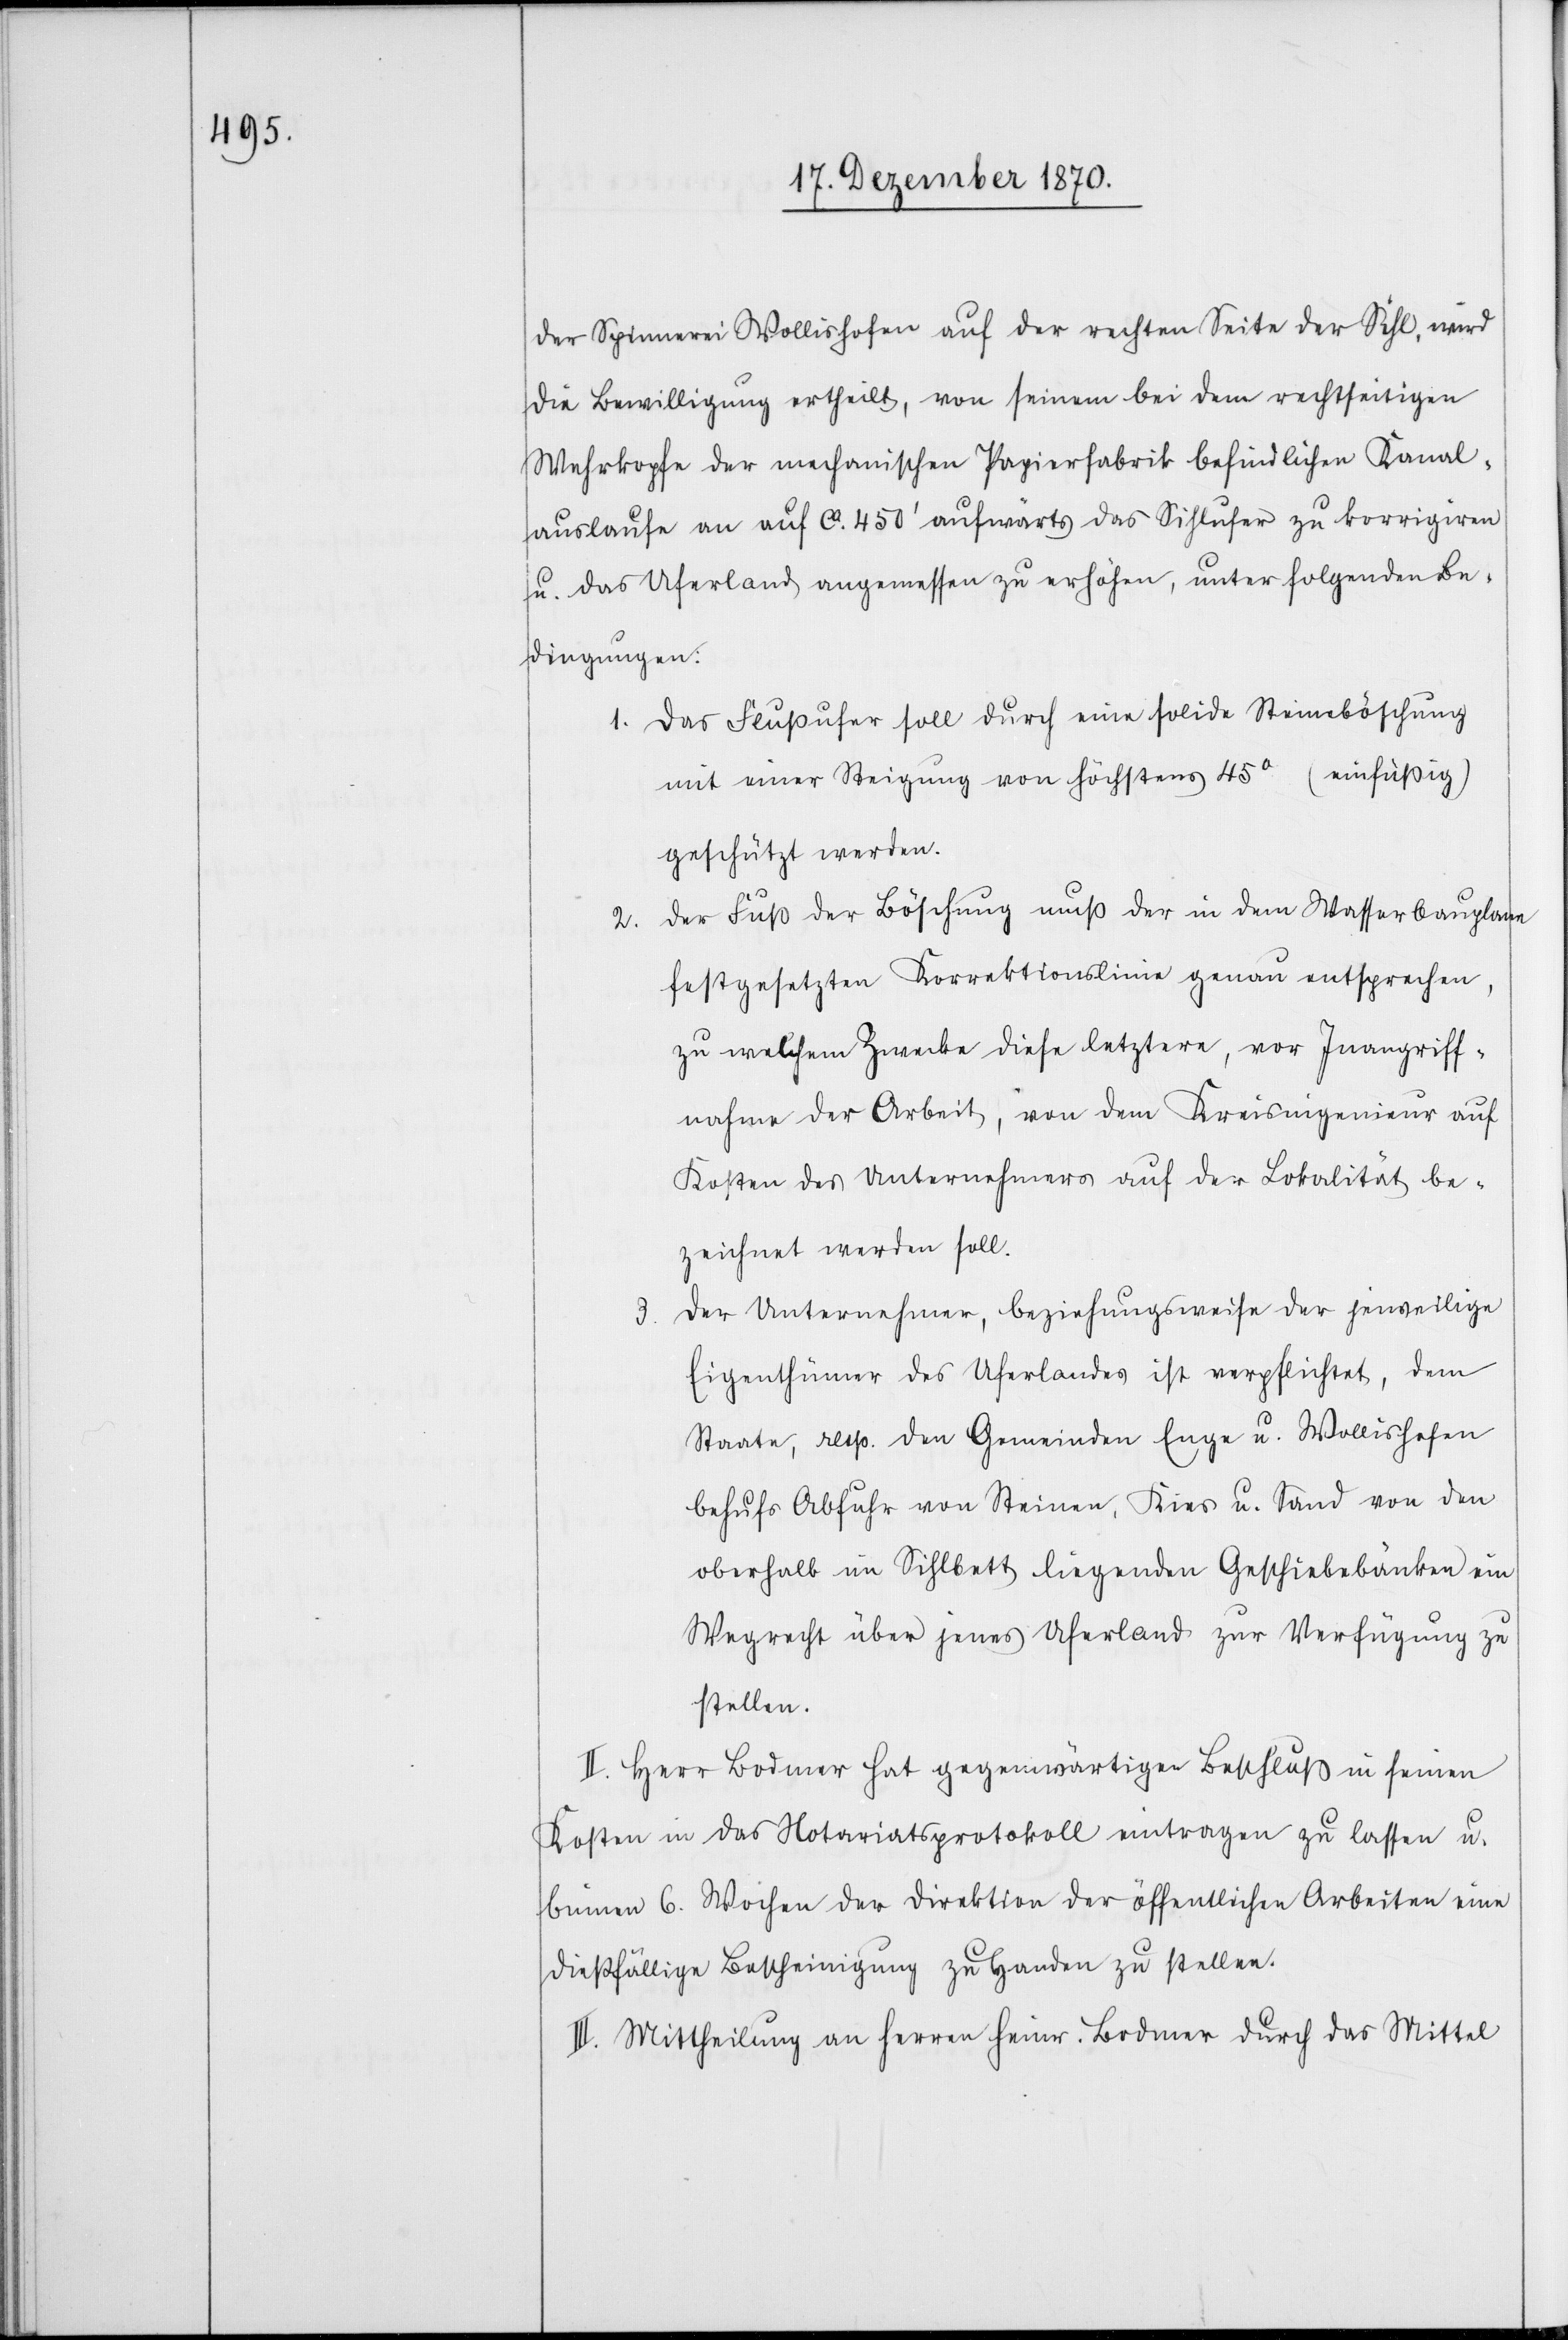
der Spinnerei Wollishofen auf der rechten Seite der Sihl, wird
die Bewilligung ertheilt, von seinem bei dem rechtseitigen
Wehrkopfe der mechanischen Papierfabrik befindlichen Kanal¬
auslaufe an auf ca. 450’ aufwärts das Sihlufer zu korrigiren
u. das Uferland angemessen zu erhöhen, unter folgenden Be¬
dingungen:
1. Das Flussufer soll durch eine solide Steineböschung
mit einer Steigung von höchstens 45° (einfüßig)
geschützt werden.
Der Fuß der Böschung muß der in dem Wasserbauplane
2.
festgesetzten Korrektionslinie genau entsprechen,
zu welchem Zwecke diese letztere, vor Inangriff¬
nahme der Arbeit, von dem Kreisingenieur auf
Kosten des Unternehmens auf der Lokalität be¬
zeichnet werden soll.
Der Unternehmer, beziehungsweise der jeweilige
3.
Eigenthümer des Uferlandes ist verpflichtet, dem
Staate, resp. den Gemeinden Enge u. Wollishofen
behufs Abfuhr von Steinen, Kies u. Sand von den
oberhalb im Sihlbett liegenden Geschiebebänken ein
Wegrecht über jenes Uferland zur Verfügung zu
stellen.
II. Herr Bodmer hat gegenwärtigen Beschluß in seinen
Kosten in das Notariatsprotokoll eintragen zu lassen u.
binnen 6. Wochen der Direktion der öffentlichen Arbeiten eine
dießfällige Bescheinigung zu Handen zu stellen.
III. Mittheilung an Herren Heinr. Bodmer durch das Mittel